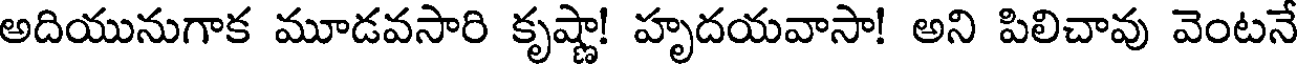
అదియునుగాక మూడవసారి కృష్ణా! హృదయవాసా! అని పిలిచావు వెంటనే